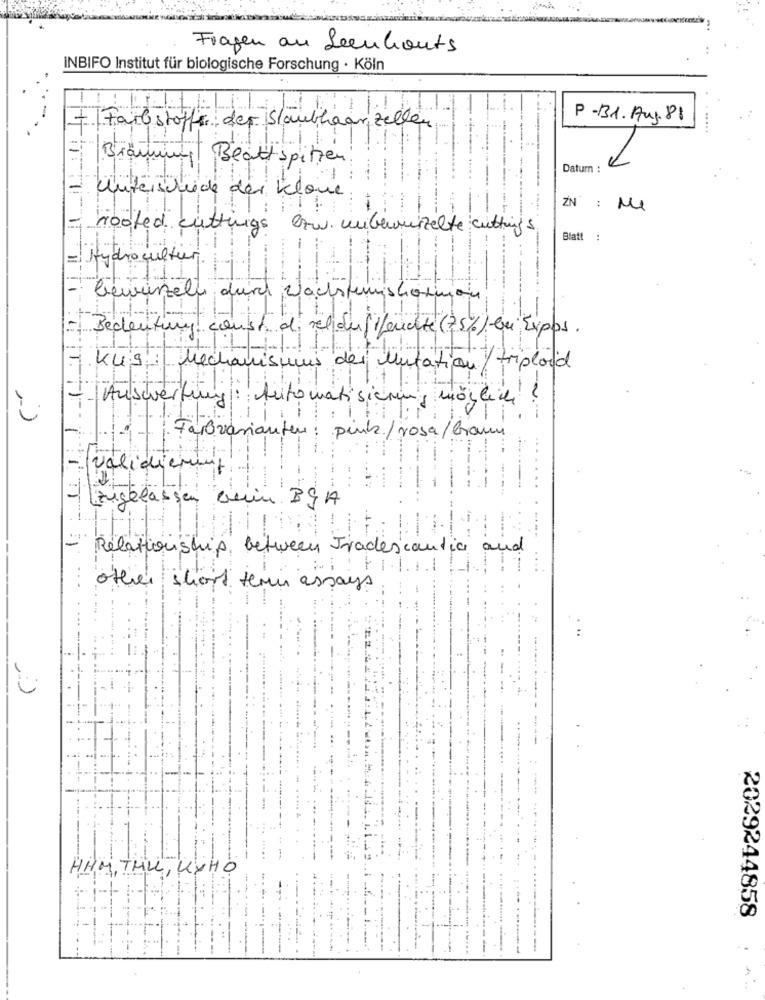
Fragen au Leenkauts
INBIFO Institut für biologische Forschung · Köln
- Fail stoffe der Staubla
P -31. Aug. 88
blain zellen
Biär
Beattspitzen
Datum :
- Untersinede des Iclone
ZN : MI
- rooted cuttings
Btw. unberneszelte cuttings
Blatt :
-
Hydrocultuur
11.
Lewiszeln dure Wachstumshormon
-
Bedeutung const de eldulileuchte (25%) en Expos.
Mechanisuis des Mutation / triploid
Auswertung
Automatisierung mörlen! !
Farovarianten : pink/rosa/ Gram
-
validiement
Langklassen Bein BGA
Relationship between Tradescandic and
.1.1
other short term assays
-
HHM, THUL, KYHO
-
2029244858